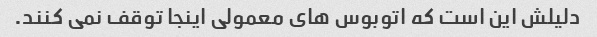
دلیلش این است که اتوبوس های معمولی اینجا توقف نمی کنند.